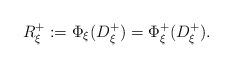
LaTeX: \begin{align*}R_\xi^+ &:= \Phi_\xi (D_\xi^+) = \Phi_\xi^+(D_\xi^+). \; \, \, { }\end{align*}